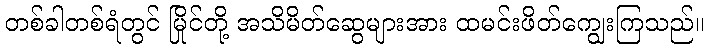
တစ်ခါတစ်ရံတွင် မြိုင်တို့ အသိမိတ်ဆွေများအား ထမင်းဖိတ်ကျွေးကြသည်။